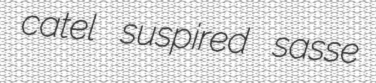
catel suspired sasse